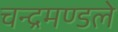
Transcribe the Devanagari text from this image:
चन्द्रमण्डले